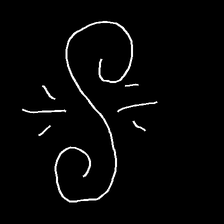
Glyph: wind-directs-air